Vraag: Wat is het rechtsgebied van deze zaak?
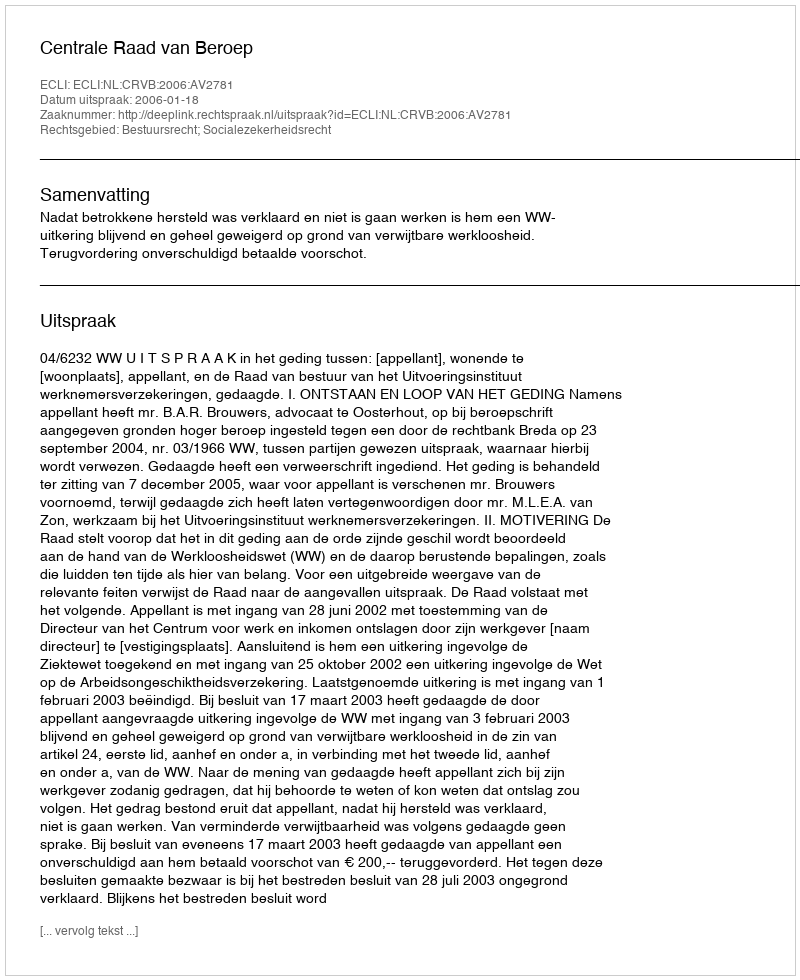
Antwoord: Bestuursrecht; Socialezekerheidsrecht